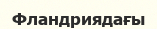
Фландриядағы